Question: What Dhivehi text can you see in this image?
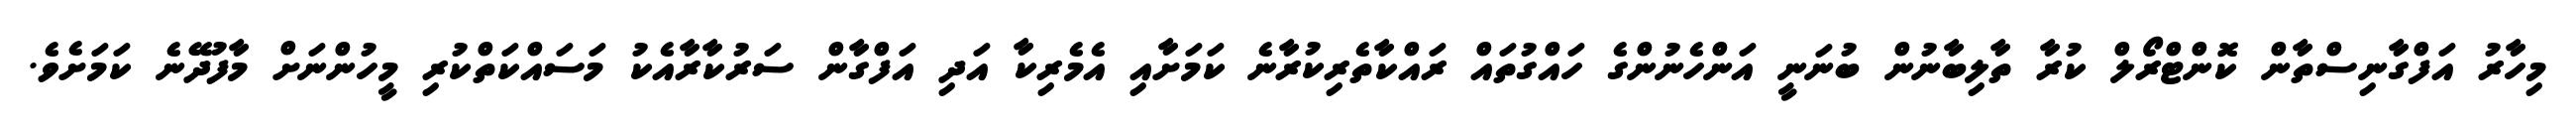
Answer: މިހާރު އަފްގާނިސްތާން ކޮންޓްރޯލް ކުރާ ތާލިބާނުން ބުނަނީ އަންހެނުންގެ ހައްގުތައް ރައްކާތެރިކުރާނެ ކަމަށާއި އެމެރިކާ އަދި އަފްގާން ސަރުކާރާއެކު މަސައްކަތްކުރި މީހުންނަށް މާފުދޭނެ ކަމަށެވެ.